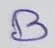
Text: B